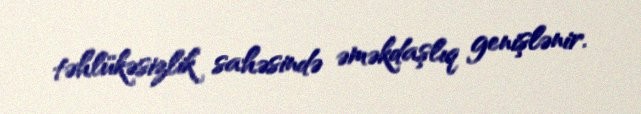
təhlükəsizlik sahəsində əməkdaşlıq genişlənir.